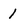
Character: 1